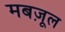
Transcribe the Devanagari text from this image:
मबज़ूल